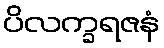
ပိလက္ခရဇနံ